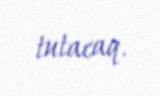
tutacaq.